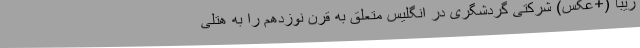
زیبا (+عکس) شرکتی گردشگری در انگلیس متعلق به قرن نوزدهم را به هتلی